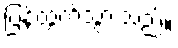
ပြန်ထွက်သွားသည်။